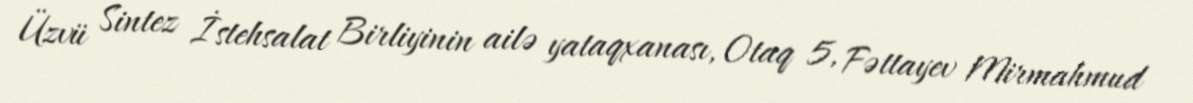
Üzvü Sintez İstehsalat Birliyinin ailə yataqxanası, Otaq 5, Fəttayev Mirmahmud